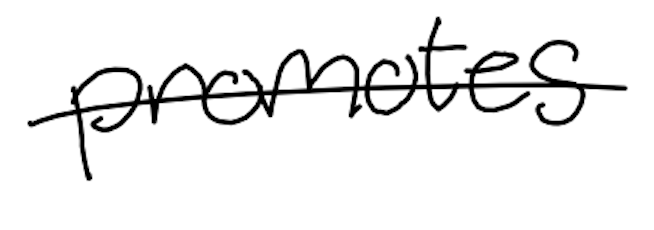
Text: promotes
Cross-out: single-line
Writing tool: digital_black